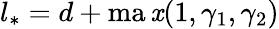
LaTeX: l_{*}=d+\operatorname*{ma\mathit{x}}(1,\gamma_{1},\gamma_{2})